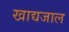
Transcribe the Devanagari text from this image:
खाद्यजाल